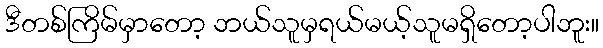
ဒီတစ်ကြိမ်မှာတော့ ဘယ်သူမှရယ်မယ့်သူမရှိတော့ပါဘူး။